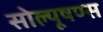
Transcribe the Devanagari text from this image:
सोल्यूषण्स